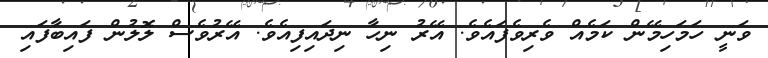
ވަނީ ހަމަހިމޭން ކަމެއް ވެރިވެފައެވެ. އޭރު ނިހާ ނިދައިފިއެވެ. އޭރުވެސް ލޮލުން ފައިބާފައި